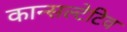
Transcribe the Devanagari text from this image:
कान्सल्टेटिव